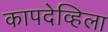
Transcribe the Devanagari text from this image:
कापदेव्हिला